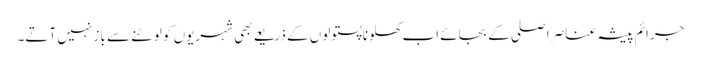
جرائم پیشہ عناصر اصلی کے بجائے اب کھلونا پستولوں کے ذریعے بھی شہریوں کو لوٹنے سے باز نہیں آتے۔